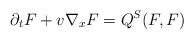
LaTeX: \begin{align*}\partial_t F+v\nabla_xF=Q^S(F,F)\end{align*}